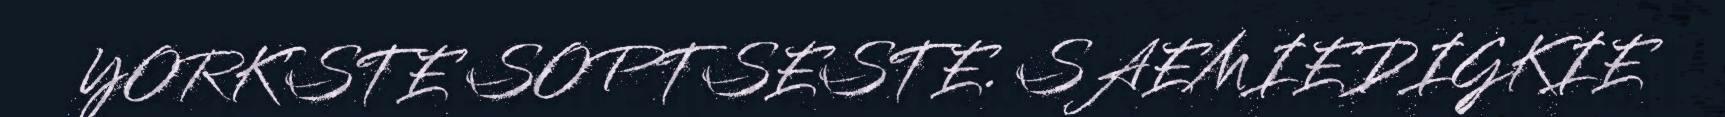
YORK'STE SOPTSESTE. SAEMIEDIGKIE